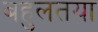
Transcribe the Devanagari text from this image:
बहुलतया